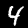
Label: 4